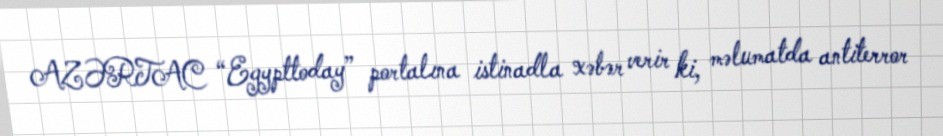
AZƏRTAC “Egypttoday” portalına istinadla xəbər verir ki, məlumatda antiterror